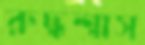
রুদ্ধশ্বাস